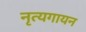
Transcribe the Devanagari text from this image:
नृत्यगायन